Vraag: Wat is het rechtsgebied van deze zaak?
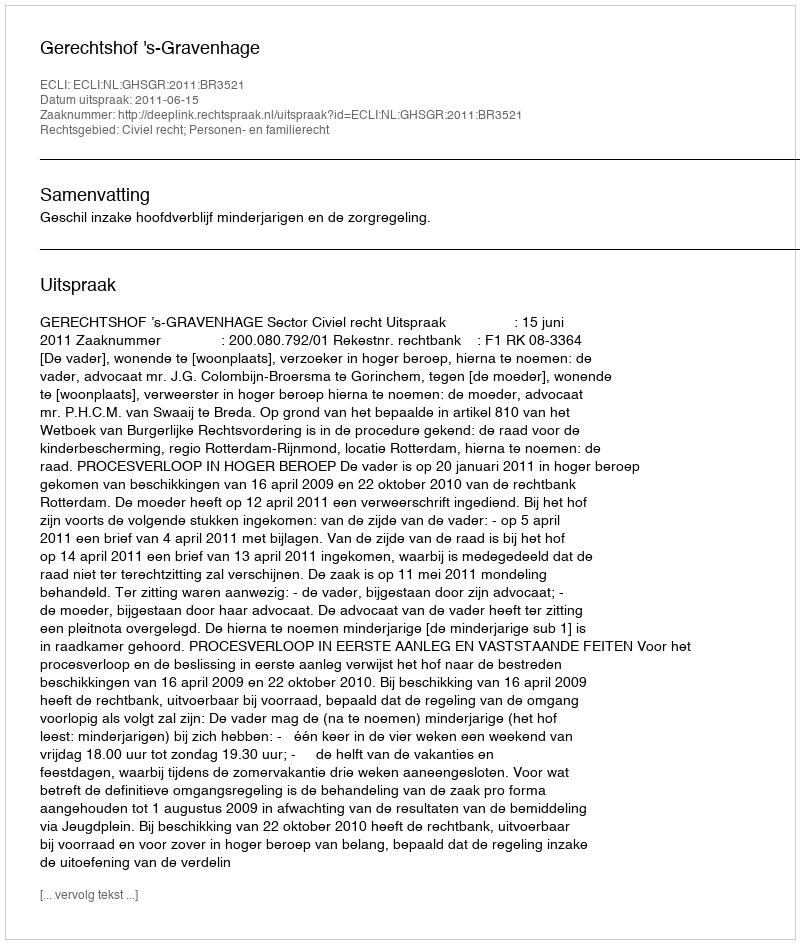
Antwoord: Civiel recht; Personen- en familierecht